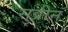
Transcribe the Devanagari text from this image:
सुव्रीन